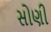
સોણી